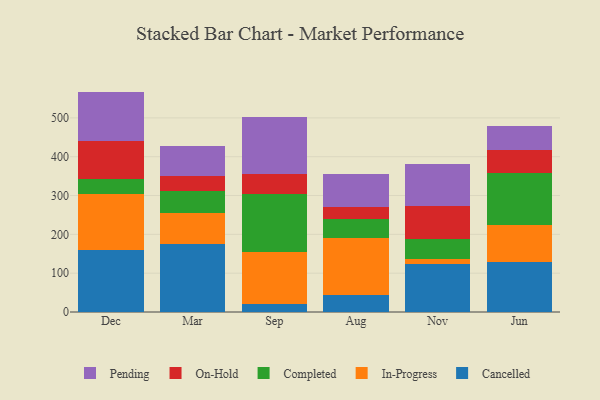
{"axis": {"x": "Month", "y": "Gross Profit (USD K)"}, "legend": ["Cancelled", "Completed", "In-Progress", "On-Hold", "Pending"], "data": [{"x": "Dec", "y": 158.7, "type": "Cancelled"}, {"x": "Dec", "y": 145.5, "type": "In-Progress"}, {"x": "Dec", "y": 38.3, "type": "Completed"}, {"x": "Dec", "y": 98.1, "type": "On-Hold"}, {"x": "Dec", "y": 127.1, "type": "Pending"}, {"x": "Mar", "y": 175.9, "type": "Cancelled"}, {"x": "Mar", "y": 79.7, "type": "In-Progress"}, {"x": "Mar", "y": 55.5, "type": "Completed"}, {"x": "Mar", "y": 39.1, "type": "On-Hold"}, {"x": "Mar", "y": 77.4, "type": "Pending"}, {"x": "Sep", "y": 20.1, "type": "Cancelled"}, {"x": "Sep", "y": 133.6, "type": "In-Progress"}, {"x": "Sep", "y": 150.8, "type": "Completed"}, {"x": "Sep", "y": 51.5, "type": "On-Hold"}, {"x": "Sep", "y": 145.4, "type": "Pending"}, {"x": "Aug", "y": 44.1, "type": "Cancelled"}, {"x": "Aug", "y": 147.6, "type": "In-Progress"}, {"x": "Aug", "y": 48.3, "type": "Completed"}, {"x": "Aug", "y": 31.4, "type": "On-Hold"}, {"x": "Aug", "y": 83.5, "type": "Pending"}, {"x": "Nov", "y": 123.9, "type": "Cancelled"}, {"x": "Nov", "y": 12.9, "type": "In-Progress"}, {"x": "Nov", "y": 51.5, "type": "Completed"}, {"x": "Nov", "y": 85.8, "type": "On-Hold"}, {"x": "Nov", "y": 107.7, "type": "Pending"}, {"x": "Jun", "y": 129.4, "type": "Cancelled"}, {"x": "Jun", "y": 95.2, "type": "In-Progress"}, {"x": "Jun", "y": 134.0, "type": "Completed"}, {"x": "Jun", "y": 58.1, "type": "On-Hold"}, {"x": "Jun", "y": 63.4, "type": "Pending"}]}